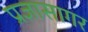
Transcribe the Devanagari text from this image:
प्रज्ञासागर